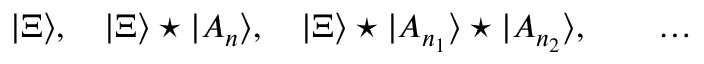
| \Xi \rangle , ~ ~ ~ | \Xi \rangle \star | A _ { n } \rangle , ~ ~ ~ | \Xi \rangle \star | A _ { n _ { 1 } } \rangle \star | A _ { n _ { 2 } } \rangle , \qquad \dots